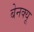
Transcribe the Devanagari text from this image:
बेनक्यू